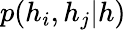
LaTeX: p(h_{i},h_{j}|h)